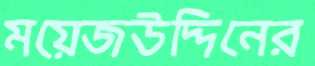
ময়েজউদ্দিনের